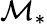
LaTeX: \mathcal{M}_{*}